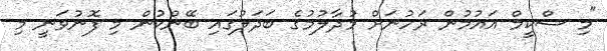
"މި ސްކީމް އައުމުން ރަހުނަށް މުދާލުމުގެ ބަދަލުގައި ބޭންކުން މި ފޮނުވަނީ މި